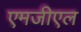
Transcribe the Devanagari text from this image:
एमजीएल